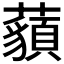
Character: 𧂀